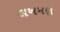
લખમણ